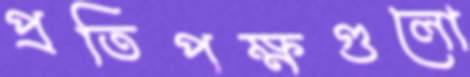
প্রতিপক্ষগুলো